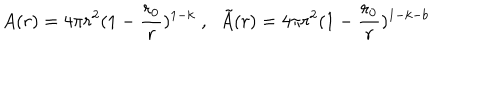
A ( r ) = 4 \pi r ^ { 2 } ( 1 - \frac { r _ { 0 } } { r } ) ^ { 1 - k } \; , \; \; \tilde { A } ( r ) = 4 \pi r ^ { 2 } ( 1 - \frac { r _ { 0 } } { r } ) ^ { 1 - k - b }